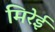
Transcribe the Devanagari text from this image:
मिरेई